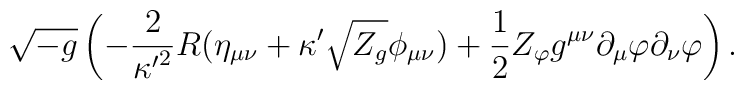
\sqrt{-g}\left(-{2\over {\kappa^\prime}^2}R(\eta_{\mu\nu}+\kappa^\prime \sqrt {Z_g}\phi_{\mu\nu})+{1\over 2}Z_\varphi g^{\mu\nu}\partial_\mu \varphi\partial_\nu \varphi\right).